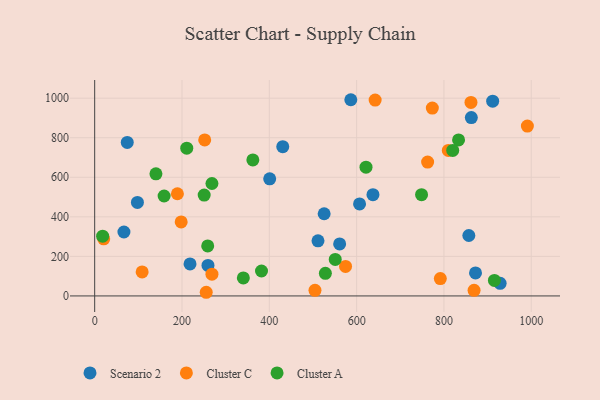
{"axis": {"x": "Speed", "y": "Fuel Efficiency"}, "legend": ["Cluster A", "Cluster C", "Scenario 2"], "data": [{"x": "561.1", "y": 262.8, "type": "Scenario 2"}, {"x": "74.6", "y": 776.1, "type": "Scenario 2"}, {"x": "911.6", "y": 984.9, "type": "Scenario 2"}, {"x": "872.3", "y": 116.3, "type": "Scenario 2"}, {"x": "97.9", "y": 472.7, "type": "Scenario 2"}, {"x": "862.7", "y": 902.1, "type": "Scenario 2"}, {"x": "637.4", "y": 512.2, "type": "Scenario 2"}, {"x": "586.7", "y": 992.2, "type": "Scenario 2"}, {"x": "259.5", "y": 154.5, "type": "Scenario 2"}, {"x": "218.4", "y": 161.9, "type": "Scenario 2"}, {"x": "928.7", "y": 63.8, "type": "Scenario 2"}, {"x": "400.9", "y": 592.0, "type": "Scenario 2"}, {"x": "67.0", "y": 323.3, "type": "Scenario 2"}, {"x": "857.0", "y": 305.5, "type": "Scenario 2"}, {"x": "511.5", "y": 278.6, "type": "Scenario 2"}, {"x": "606.7", "y": 465.5, "type": "Scenario 2"}, {"x": "525.6", "y": 415.7, "type": "Scenario 2"}, {"x": "430.8", "y": 754.8, "type": "Scenario 2"}, {"x": "504.6", "y": 28.5, "type": "Cluster C"}, {"x": "791.7", "y": 87.8, "type": "Cluster C"}, {"x": "869.0", "y": 28.4, "type": "Cluster C"}, {"x": "268.6", "y": 110.0, "type": "Cluster C"}, {"x": "574.6", "y": 149.0, "type": "Cluster C"}, {"x": "762.6", "y": 677.1, "type": "Cluster C"}, {"x": "642.4", "y": 990.6, "type": "Cluster C"}, {"x": "773.4", "y": 949.8, "type": "Cluster C"}, {"x": "810.0", "y": 735.8, "type": "Cluster C"}, {"x": "108.7", "y": 121.6, "type": "Cluster C"}, {"x": "861.9", "y": 978.4, "type": "Cluster C"}, {"x": "198.1", "y": 374.4, "type": "Cluster C"}, {"x": "20.7", "y": 289.0, "type": "Cluster C"}, {"x": "255.5", "y": 18.5, "type": "Cluster C"}, {"x": "189.5", "y": 516.7, "type": "Cluster C"}, {"x": "991.1", "y": 859.1, "type": "Cluster C"}, {"x": "252.0", "y": 788.7, "type": "Cluster C"}, {"x": "258.9", "y": 252.8, "type": "Cluster A"}, {"x": "362.3", "y": 687.9, "type": "Cluster A"}, {"x": "528.4", "y": 114.5, "type": "Cluster A"}, {"x": "18.2", "y": 302.3, "type": "Cluster A"}, {"x": "382.1", "y": 126.2, "type": "Cluster A"}, {"x": "833.5", "y": 788.8, "type": "Cluster A"}, {"x": "340.5", "y": 91.0, "type": "Cluster A"}, {"x": "210.9", "y": 747.0, "type": "Cluster A"}, {"x": "551.0", "y": 184.8, "type": "Cluster A"}, {"x": "748.7", "y": 512.0, "type": "Cluster A"}, {"x": "915.6", "y": 78.5, "type": "Cluster A"}, {"x": "250.8", "y": 510.1, "type": "Cluster A"}, {"x": "268.6", "y": 568.6, "type": "Cluster A"}, {"x": "159.0", "y": 505.3, "type": "Cluster A"}, {"x": "140.3", "y": 617.5, "type": "Cluster A"}, {"x": "621.5", "y": 651.2, "type": "Cluster A"}, {"x": "820.1", "y": 735.7, "type": "Cluster A"}]}